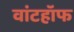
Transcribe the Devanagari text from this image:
वांटहॉफ